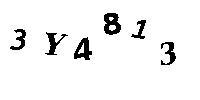
3Y4813